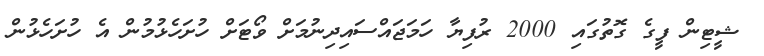
ޝީޓިން ފީގެ ގޮތުގައި 2000 ރުފިޔާ ހަމަޖައްސައިދިނުމަށް ވޯޓަށް ހުށަހެޅުމުން އެ ހުށަހެޅުން